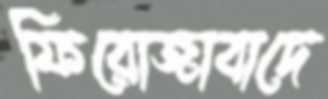
ফিরোজাবাদে